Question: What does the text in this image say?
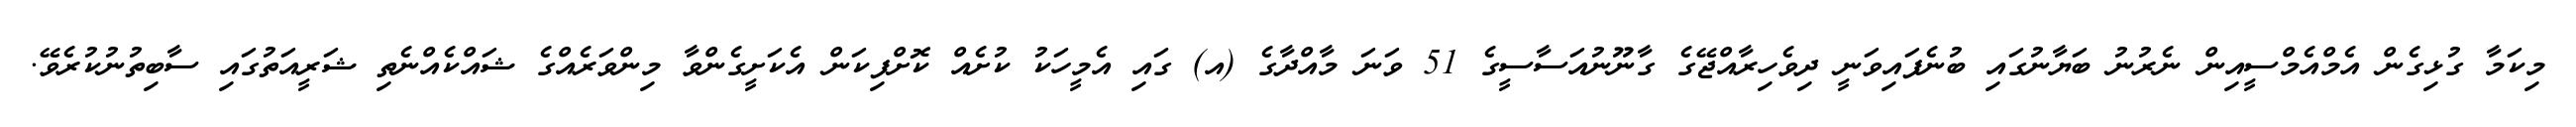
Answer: މިކަމާ ގުޅިގެން އެމްއެމްސީއިން ނެރުނު ބަޔާނުގައި ބުނެފައިވަނީ ދިވެހިރާއްޖޭގެ ގާނޫނުއަސާސީގެ 51 ވަނަ މާއްދާގެ (އ) ގައި އެމީހަކު ކުށެއް ކޮށްފިކަން އެކަށީގެންވާ މިންވަރެއްގެ ޝައްކެއްނެތި ޝަރީއަތުގައި ސާބިތުނުކުރެވޭ.